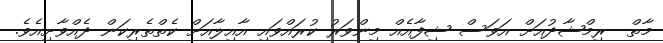
މާތް  ރިމްޝާދުއަށް އަވަސް ޝިފާއެއް މިންވަރު ކުރައްވައި އާއިލާއަށް ކެތްތެރިކަން ދެއްވާށިއެވެ.